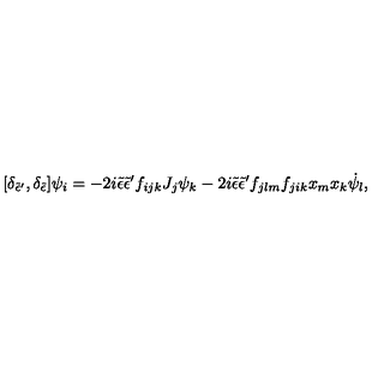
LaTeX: [ \delta _ { { \tilde { \epsilon } } { ' } } , \delta _ { \tilde { \epsilon } } ] \psi _ { i } = - 2 i { \tilde { \epsilon } } { \tilde { \epsilon } } { ' } f _ { i j k } J _ { j } \psi _ { k } - 2 i { \tilde { \epsilon } } { \tilde { \epsilon } } { ' } f _ { j l m } f _ { j i k } x _ { m } x _ { k } { \dot { \psi } } _ { l } ,